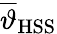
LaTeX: \overline{{\vartheta}}_{\mathrm{HSS}}